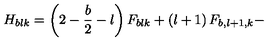
H _ { b l k } = \left( 2 - \frac { b } { 2 } - l \right) F _ { b l k } + \left( l + 1 \right) F _ { b , l + 1 , k } -